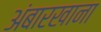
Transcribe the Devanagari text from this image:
अंबारखाना